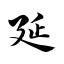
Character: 延